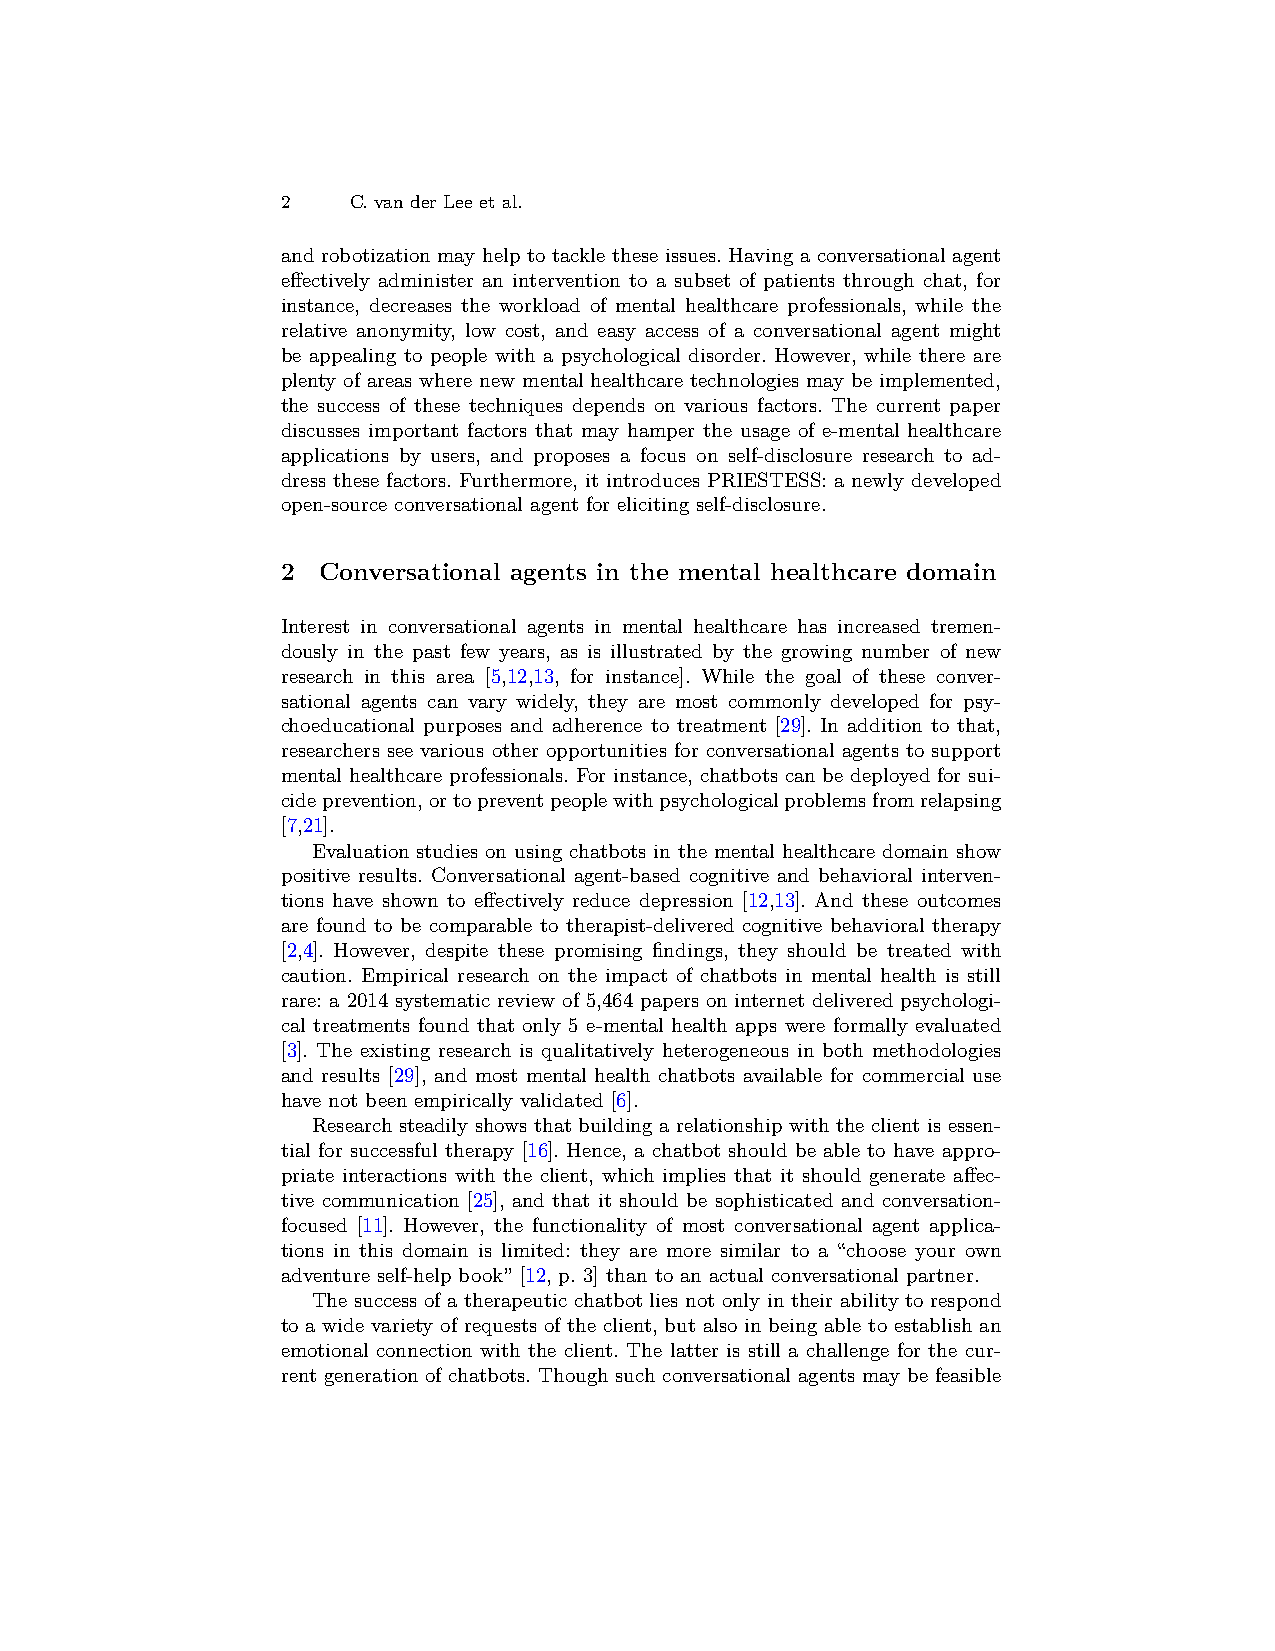
2   C. van der Lee et al.
 and robotization may help to tackle these issues. Having a conversational agent
 effectively administer an intervention to a subset of patients through chat, for
 instance, decreases the workload of mental healthcare professionals, while the
 relative anonymity, low cost, and easy access of a conversational agent might
 be appealing to people with a psychological disorder. However, while there are
 plenty of areas where new mental healthcare technologies may be implemented,
 the success of these techniques depends on various factors. The current paper
 discusses important factors that may hamper the usage of e-mental healthcare
 applications by users, and proposes a focus on self-disclosure research to ad-
 dress these factors. Furthermore, it introduces PRIESTESS: a newly developed
 open-source conversational agent for eliciting self-disclosure.
 2 Conversational agents in the mental healthcare domain
 Interest in conversational agents in mental healthcare has increased tremen-
 dously in the past few years, as is illustrated by the growing number of new
 research in this area [5,12,13, for instance]. While the goal of these conver-
 sational agents can vary widely, they are most commonly developed for psy-
 choeducational purposes and adherence to treatment [29]. In addition to that,
 researchers see various other opportunities for conversational agents to support
 mental healthcare professionals. For instance, chatbots can be deployed for sui-
 cideprevention,ortopreventpeoplewithpsychologicalproblemsfromrelapsing
 [7,21].
 Evaluation studies on using chatbots in the mental healthcare domain show
 positive results. Conversational agent-based cognitive and behavioral interven-
 tions have shown to effectively reduce depression [12,13]. And these outcomes
 are found to be comparable to therapist-delivered cognitive behavioral therapy
 [2,4]. However, despite these promising findings, they should be treated with
 caution. Empirical research on the impact of chatbots in mental health is still
 rare: a 2014 systematic review of 5,464 papers on internet delivered psychologi-
 cal treatments found that only 5 e-mental health apps were formally evaluated
 [3]. The existing research is qualitatively heterogeneous in both methodologies
 and results [29], and most mental health chatbots available for commercial use
 have not been empirically validated [6].
 Research steadily shows that building a relationship with the client is essen-
 tial for successful therapy [16]. Hence, a chatbot should be able to have appro-
 priate interactions with the client, which implies that it should generate affec-
 tive communication [25], and that it should be sophisticated and conversation-
 focused [11]. However, the functionality of most conversational agent applica-
 tions in this domain is limited: they are more similar to a “choose your own
 adventure self-help book” [12, p. 3] than to an actual conversational partner.
 The success of a therapeutic chatbot lies not only in their ability to respond
 to a wide variety of requests of the client, but also in being able to establish an
 emotional connection with the client. The latter is still a challenge for the cur-
 rent generation of chatbots. Though such conversational agents may be feasible